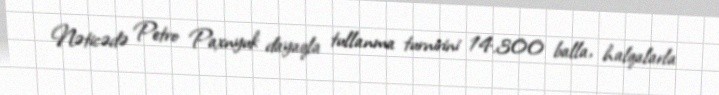
Nəticədə Petro Paxnyuk dayaqla tullanma turnirini 14.300 balla, halqalarla